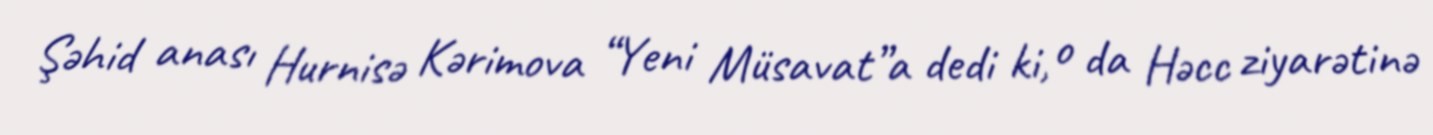
Şəhid anası Hurnisə Kərimova “Yeni Müsavat”a dedi ki, o da Həcc ziyarətinə